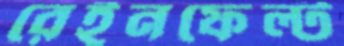
রেইনফেল্ট